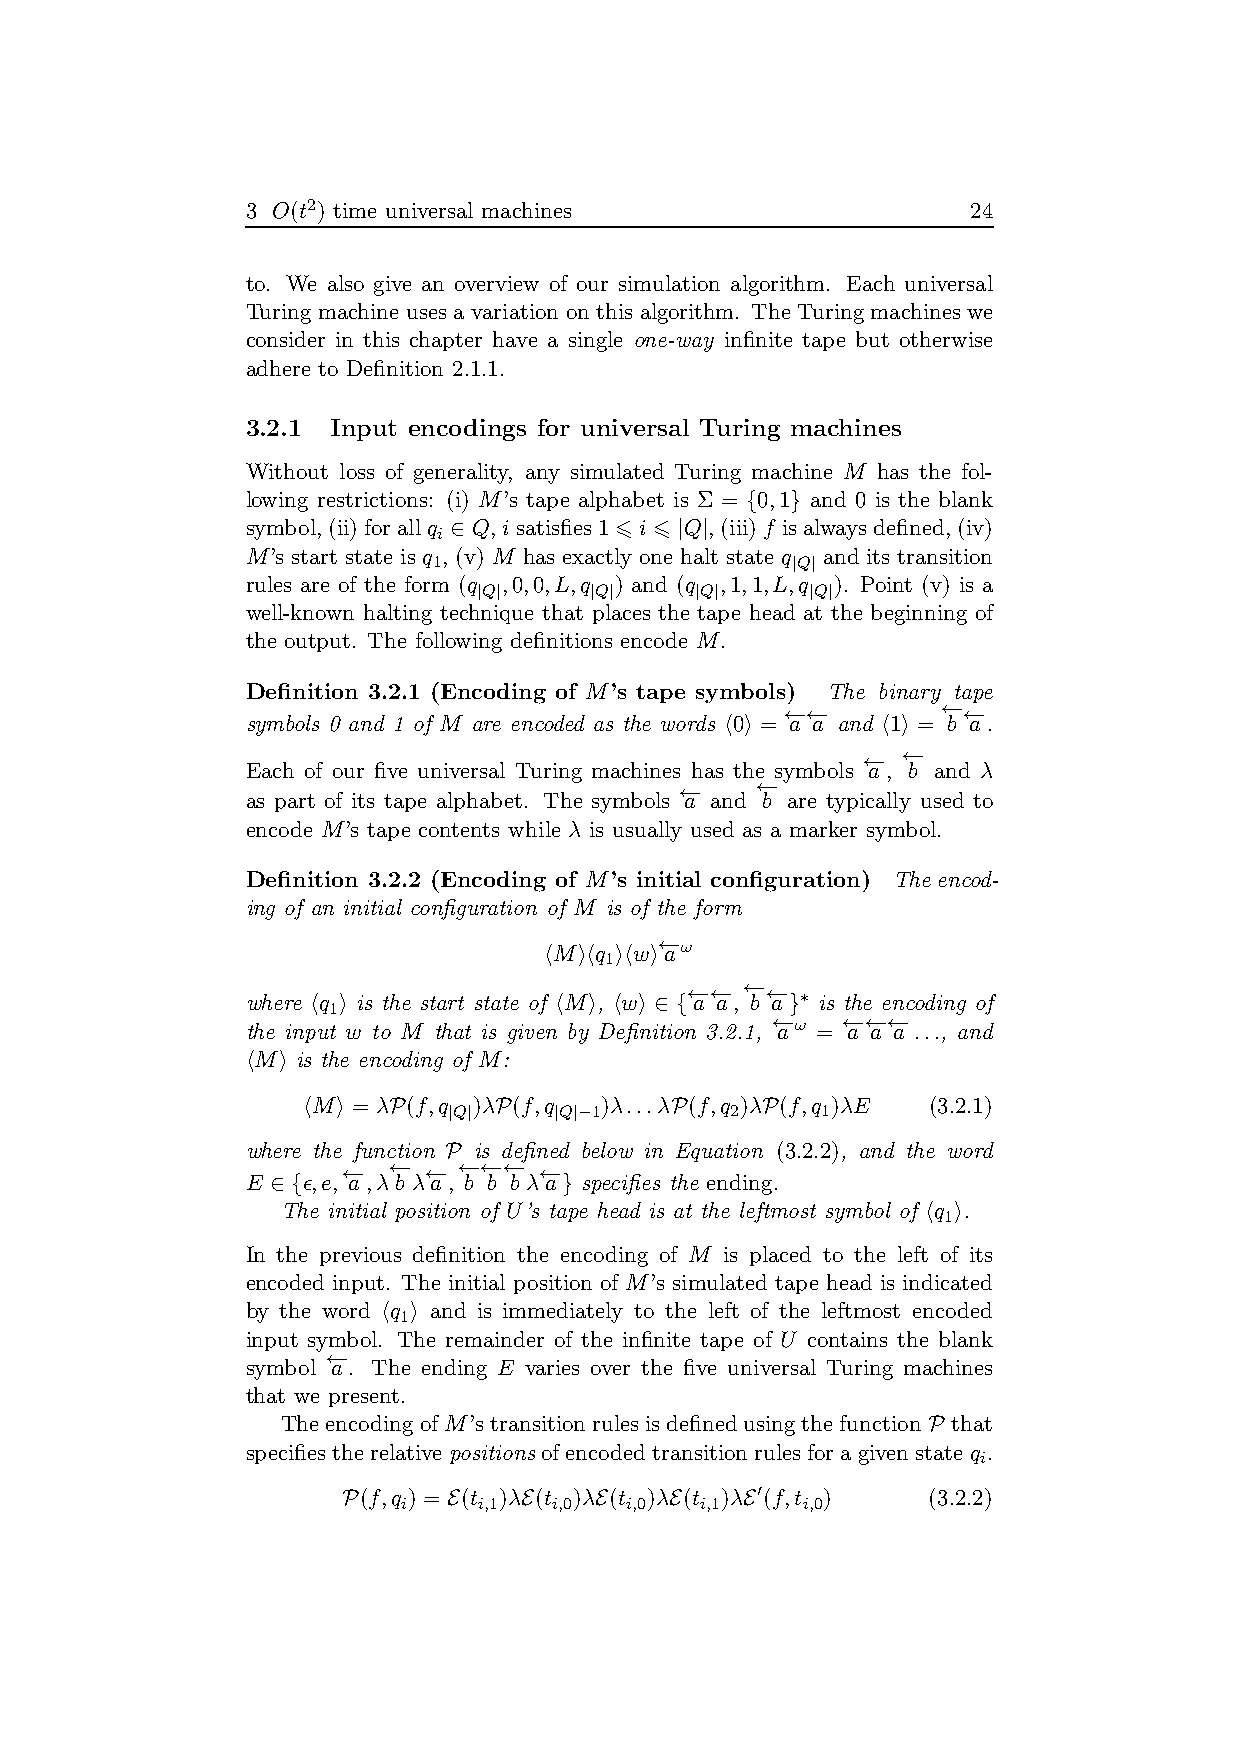
3 O(t2) time universal machines                 24
 to. We also give an overview of our simulation algorithm. Each universal
 Turingmachine uses a variation on this algorithm. TheTuring machines we
 consider in this chapter have a single one-way infinite tape but otherwise
 adhere to Definition 2.1.1.
 3.2.1 Input encodings for universal Turing machines
 Without loss of generality, any simulated Turing machine M has the fol-
 lowing restrictions: (i) M’s tape alphabet is Σ = {0,1} and 0 is the blank
 symbol,(ii)forallq ∈ Q,isatisfies16 i 6 |Q|,(iii)f isalwaysdefined,(iv)
 i
 M’s start state is q , (v) M has exactly one halt state q and its transition
 1                      |Q|
 rules are of the form (q ,0,0,L,q ) and (q ,1,1,L,q ). Point (v) is a
 |Q|    |Q|    |Q|     |Q|
 well-known halting technique that places the tape head at the beginning of
 the output. The following definitions encode M.
 Definition 3.2.1 (Encoding of M’s tape symbols) The binary tape
 ←−←−      ←−←−
 symbols 0 and 1 of M are encoded as the words h0i = a a and h1i = b a.
 ←− ←−
 Each of our five universal Turing machines has the symbols a, b and λ
 ←−   ←−
 as part of its tape alphabet. The symbols a and b are typically used to
 encode M’s tape contents while λ is usually used as a marker symbol.
 Definition 3.2.2 (Encoding of M’s initial configuration) Theencod-
 ing of an initial configuration of M is of the form
 hMihq ihwi←− aω
 1
 ←−←− ←−←−
 where hq i is the start state of hMi, hwi ∈ {a a, b a}∗ is the encoding of
 1
 ←−   ←−←−←−
 the input w to M that is given by Definition 3.2.1, aω = a a a ..., and
 hMi is the encoding of M:
 hMi = λP(f,q )λP(f,q )λ...λP(f,q )λP(f,q )λE (3.2.1)
 |Q|    |Q|−1      2     1
 where the function P is defined below in Equation (3.2.2), and the word
 ←− ←− ←− ←−←−←− ←−
 E ∈{ǫ,e, a,λ b λa, b b b λa} specifies the ending.
 The initial position of U’s tape head is at the leftmost symbol of hq i.
 1
 In the previous definition the encoding of M is placed to the left of its
 encoded input. The initial position of M’s simulated tape head is indicated
 by the word hq i and is immediately to the left of the leftmost encoded
 1
 input symbol. The remainder of the infinite tape of U contains the blank
 ←−
 symbol a. The ending E varies over the five universal Turing machines
 that we present.
 TheencodingofM’s transition rules isdefinedusingthefunction P that
 specifiestherelative positions ofencodedtransitionrulesforagiven state q .
 i
 P(f,q ) = E(t )λE(t )λE(t )λE(t )λE′(f,t ) (3.2.2)
 i    i,1  i,0 i,0  i,1    i,0